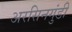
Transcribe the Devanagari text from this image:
अरसिनगुंडी